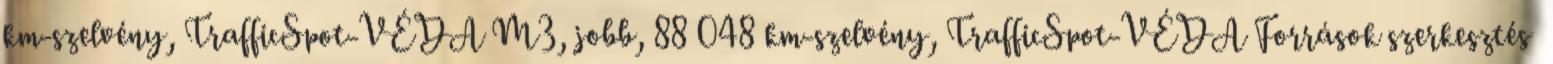
km-szelvény, TrafficSpot-VÉDA M3, jobb, 88 048 km-szelvény, TrafficSpot-VÉDA Források szerkesztés